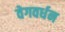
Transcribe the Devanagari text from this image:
वेगवर्धन